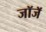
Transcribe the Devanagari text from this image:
जॉजॅ